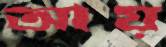
আয়